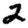
Digit: 2